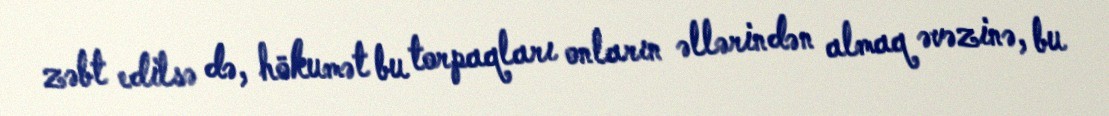
zəbt edilsə də, hökumət bu torpaqları onların əllərindən almaq əvəzinə, bu